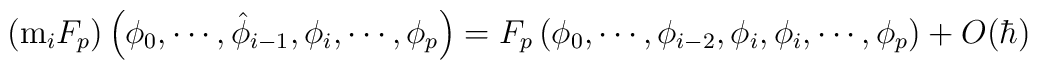
\left( {\rm m}_i F_p \right) \left( \phi_0, \cdots, \hat{\phi}_{i-1},\phi_i, \cdots, \phi_p \right)  =  F_p \left( \phi_0, \cdots,\phi_{i-2}, \phi_i, \phi_i, \cdots, \phi_p \right) +O(\hbar)